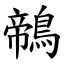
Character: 鶙